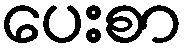
ပေးစာ